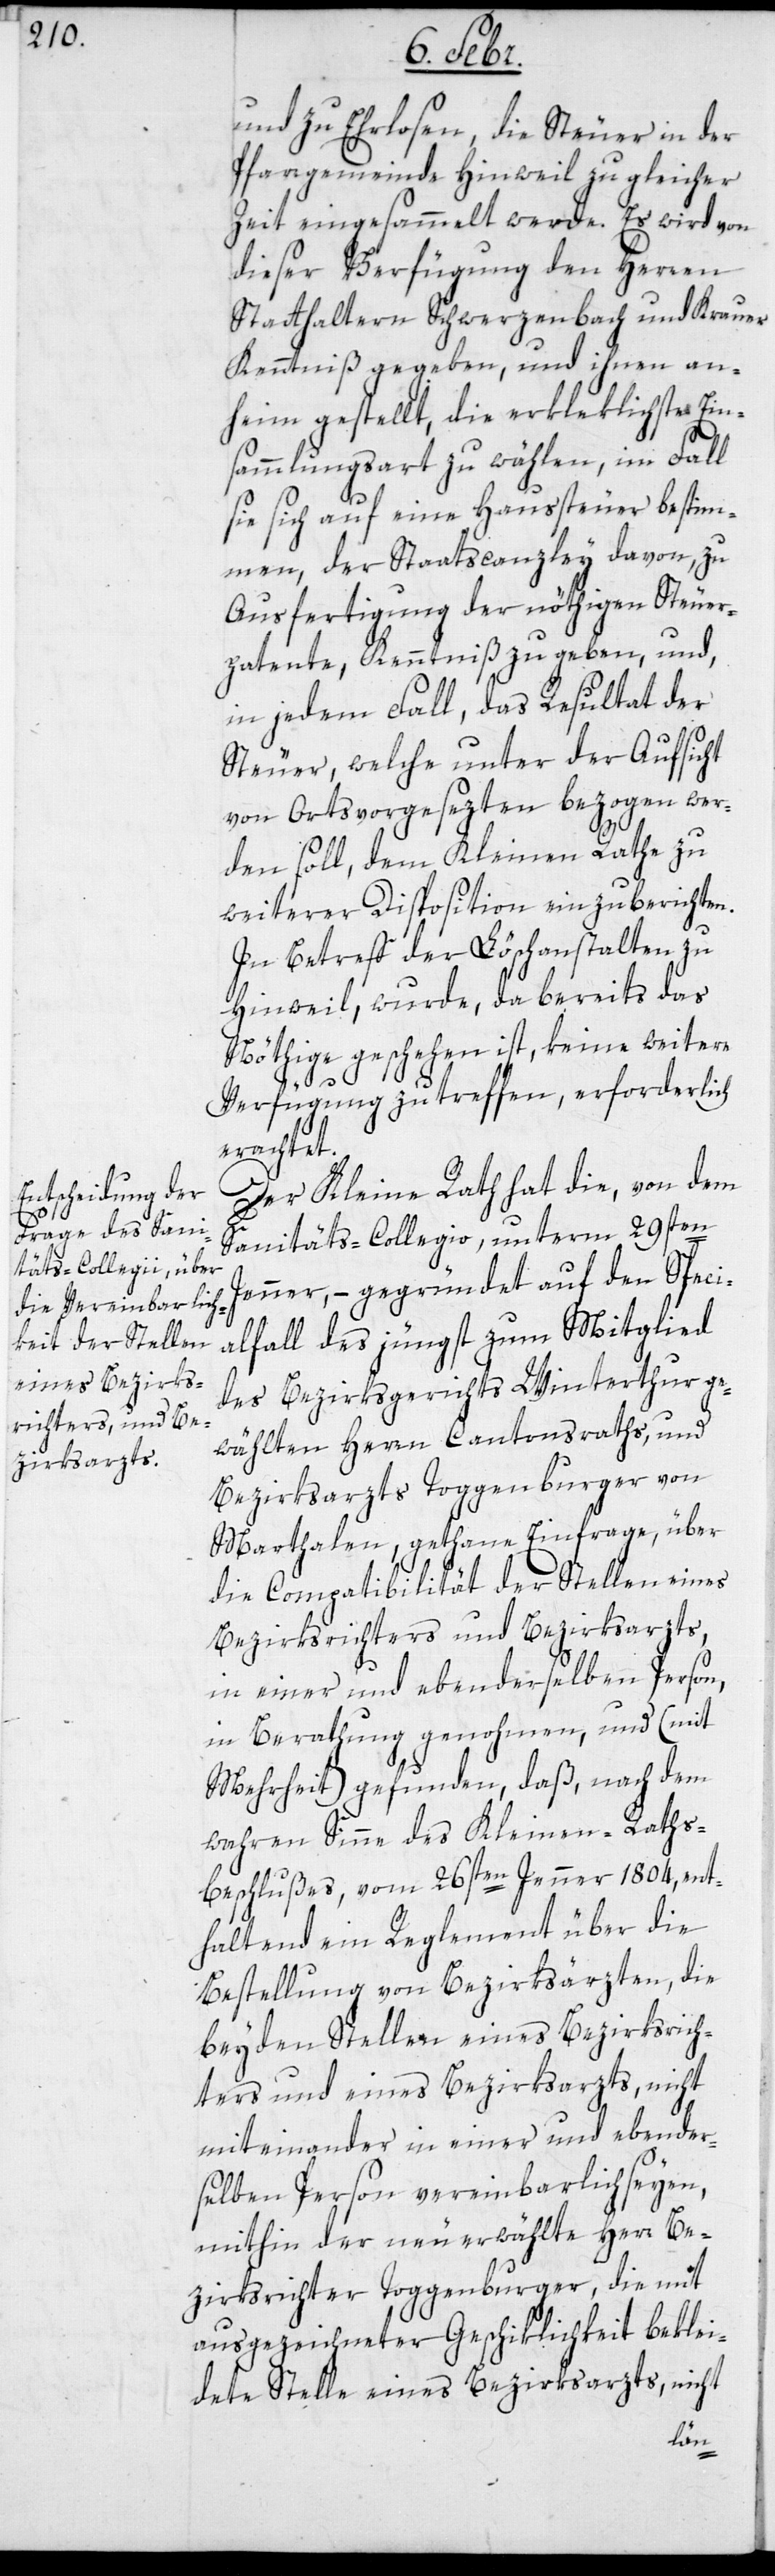
und zu Ehrlosen, die Steuer in der
Pfarrgemeinde Hinweil zu gleicher
Zeit eingesammelt werde. Es wird von
dieser Verfügung den Herren
Statthaltern Schwerzenbach und Krauer
Kenntniß gegeben, und ihnen an¬
heim gestellt, die erkleklichste Ein¬
sammlungsart zu wählen, im Fall
sie sich auf eine Haussteuer bestim¬
men, der Staatscanzley davon, zu
Ausfertigung der nöthigen Steuer¬
patente, Kenntniß zu geben, und,
in jedem Fall, das Resultat der
Steuer, welche unter der Aufsicht
von Ortsvorgesezten bezogen wer¬
den soll, dem Kleinen Rathe zu
weiterer Disposition einzuberichten.
In Betreff der Löschanstalten zu
Hinweil, wurde, da bereits das
Nöthige geschehen ist, keine weitere
Verfügung zu treffen, erforderlich
erachtet.
Der Kleine Rath hat die, von dem
Sanitäts-Collegio, unterm 29sten
Jenner, – gegründet auf den Speci¬
alfall des jüngst zum Mitglied
des Bezirksgerichts Winterthur ge¬
wählten Herrn Cantonsraths, und
Bezirksarzts Toggenburger von
Marthalen, gethane Einfrage, über
die Comptabilität der Stellen eines
Bezirksrichters und Bezirksarzts,
in einer und ebenderselben Person,
in Berathung genohmen, und (mit
Mehrheit) gefunden, daß, nach dem
wahren Sinne des Kleinen-Raths-B¬
eschlußes, vom 26sten Jenner 1804, ent¬
haltend ein Reglement über die
Bestellung von Bezirksärzten, die
beyden Stellen eines Bezirksrich¬
ters und eines Bezirksarzts, nicht
miteinander in einer und ebender¬
selben Person vereinbarlich seyen,
mithin der neuerwählte Herr Be¬
zirksrichter Toggenburger, die mit
ausgezeichneter Geschiklichkeit beklei¬
dete Stelle eines Bezirksarzts, nicht